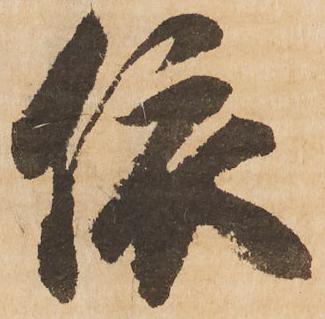
依